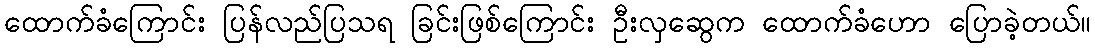
ထောက်ခံကြောင်း ပြန်လည်ပြသရ ခြင်းဖြစ်ကြောင်း ဦးလှဆွေက ထောက်ခံဟော ပြောခဲ့တယ်။